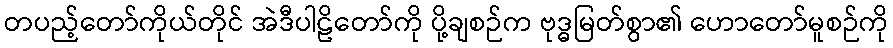
တပည့်တော်ကိုယ်တိုင် အဲဒီပါဠိတော်ကို ပို့ချစဉ်က ဗုဒ္ဓမြတ်စွာ၏ ဟောတော်မူစဉ်ကို